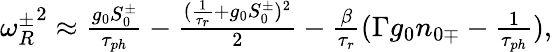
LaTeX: \begin{array}{r}{{\omega_{R}^{\pm}}^{2}\approx\frac{g_{0}S_{0}^{\pm}}{\tau_{ph}}-\frac{(\frac{1}{\tau_{r}}+g_{0}S_{0}^{\pm})^{2}}{2}-\frac{\beta}{\tau_{r}}(\Gamma g_{0}n_{0\mp}-\frac{1}{\tau_{ph}}),}\end{array}